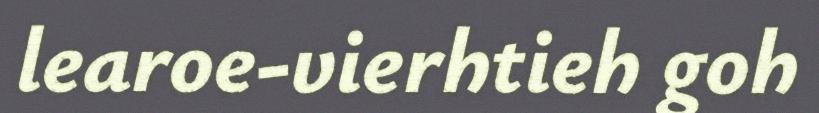
learoe-vierhtieh goh